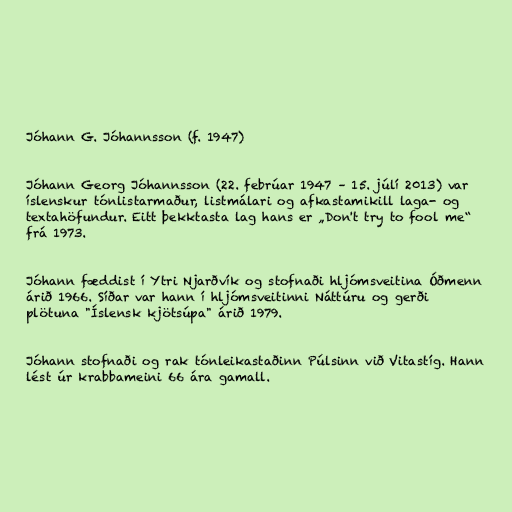
Jóhann G. Jóhannsson (f. 1947)

Jóhann Georg Jóhannsson (22. febrúar 1947 – 15. júlí 2013) var
íslenskur tónlistarmaður, listmálari og afkastamikill laga- og
textahöfundur. Eitt þekktasta lag hans er „Don't try to fool me“
frá 1973.

Jóhann fæddist í Ytri Njarðvík og stofnaði hljómsveitina Óðmenn
árið 1966. Síðar var hann í hljómsveitinni Náttúru og gerði
plötuna "Íslensk kjötsúpa" árið 1979.

Jóhann stofnaði og rak tónleikastaðinn Púlsinn við Vitastíg. Hann
lést úr krabbameini 66 ára gamall.